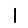
Digit: 1